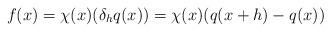
LaTeX: \begin{align*}f(x)=\chi(x)(\delta_h q(x)) =\chi(x)(q(x+h)-q(x))\end{align*}